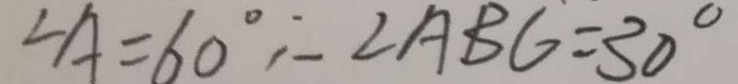
\angle A = 6 0 ^ { \circ } \therefore \angle A B G = 3 0 ^ { \circ }